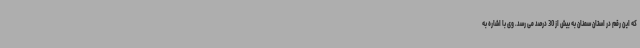
که این رقم در استان سمنان به بیش از 30 درصد می رسد. وی با اشاره به